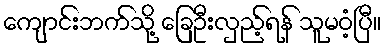
ကျောင်းဘက်သို့ ခြေဦးလှည့်ရန် သူမဝံ့ပြီ။